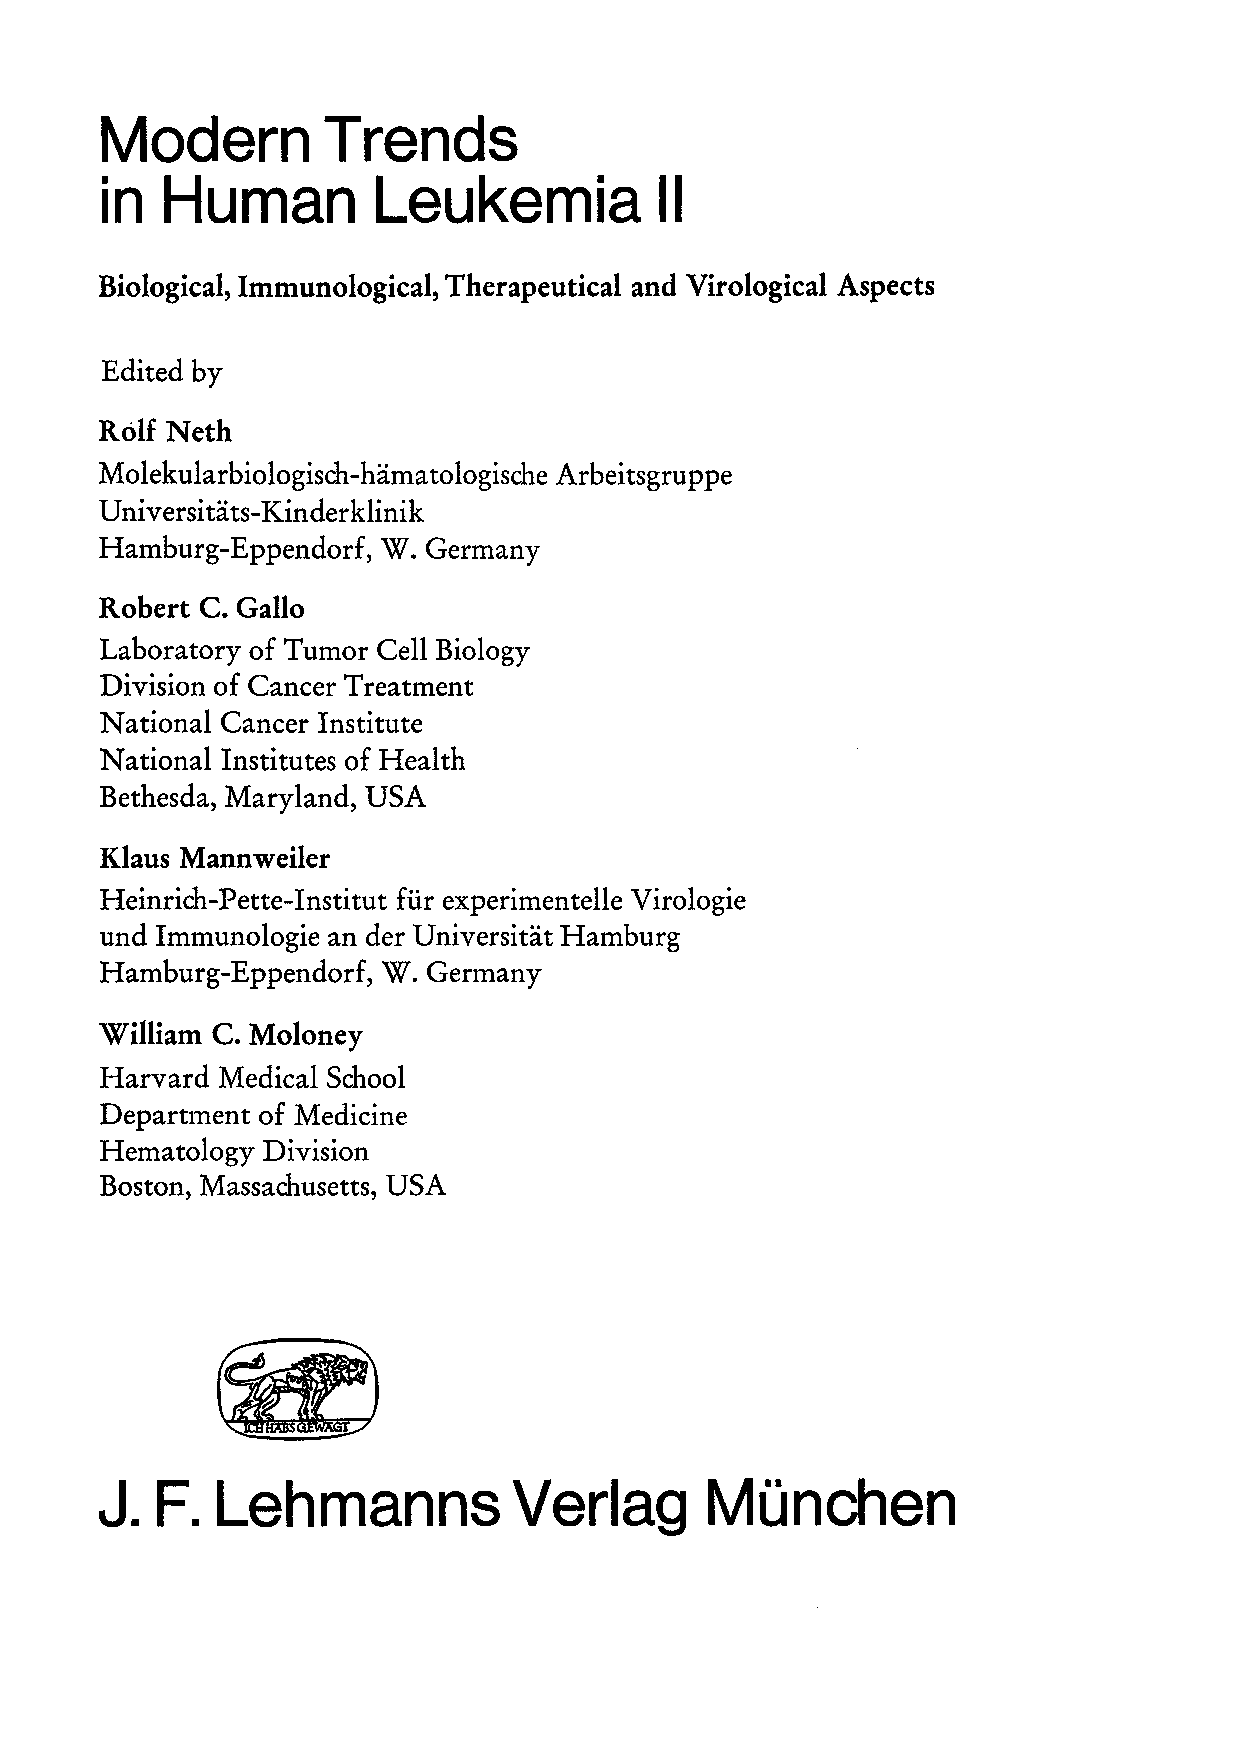
Modern         Trends
 in  Human         Leukemia           11
 Biologieal, Immunological, Therapeutical and Virological Aspects
 Edited by
 Rolf Neth
 Molekularbiologisch-häma tologische Arbei tsgru ppe
 Universi tät s-Kinder klinik
 Hamburg-Eppendorf, W. Germany
 Robert C. Gallo
 Laboratory of Tumor Cell Biology
 Division of Cancer Treatment
 National Cancer Institute
 National Institutes of Health
 Bethesda, Maryland, USA
 Klaus Mannweiler
 Heinrich-Pette-Institut für experimentelle Virologie
 und Immunologie an der Universität Hamburg
 Hamburg-Eppendorf, W. Germany
 William C. Moloney
 Harvard Medical School
 Department of Medicine
 Hematology Division
 Boston, Massachusetts, USA
 J. F.  Lehmanns            Verlag       München